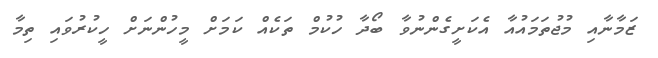
ޒަމާނާއި މުޖުތަމައުއާ އެކަށީގެންނުވާ ބޯދާ ހުކުމް ތަކެއް ކަމަށް މީހުންނަށް ހީކުރުވައި ތިމާ